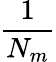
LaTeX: \frac{1}{N_{m}}